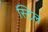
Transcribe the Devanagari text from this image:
स्‍टिल